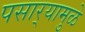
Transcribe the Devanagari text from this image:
पसार्‍यामुळे